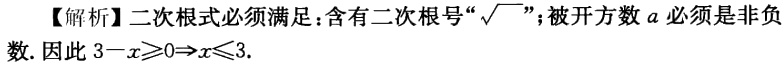
【解析】二次根式必须满足：含有二次根号“\(\sqrt{}\)”；被开方数\(a\)必须是非负数. 因此 \(3 - x\geqslant0\Rightarrow x\leqslant3\).